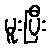
မူးပြီး